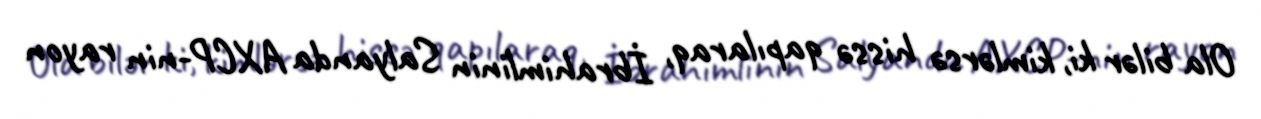
Ola bilər ki, kimlərsə hissə qapılaraq, İbrahimlinin Salyanda AXCP-nin rayon